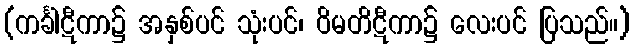
(ကင်္ခါဋီကာ၌ အနှစ်ပင် သုံးပင်၊ ဝိမတိဋီကာ၌ လေးပင် ပြသည်။)